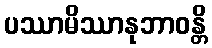
ပဿာမိဿာနုဘာဝန္တိ